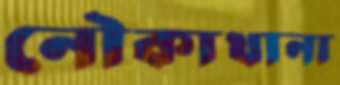
নৌকাখানা